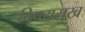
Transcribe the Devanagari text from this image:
विषयसुख